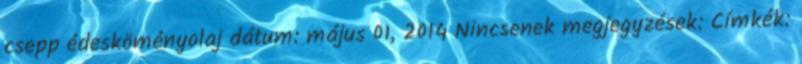
csepp édesköményolaj dátum: május 01, 2014 Nincsenek megjegyzések: Címkék: